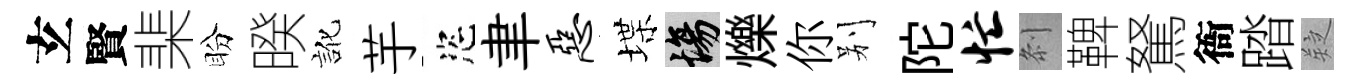
𤣥賢棐盼暌訛芋恣聿恶堞場爍你别陀忙𠛴鞞駑衙踏疑